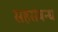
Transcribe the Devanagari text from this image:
सहसंबन्ध